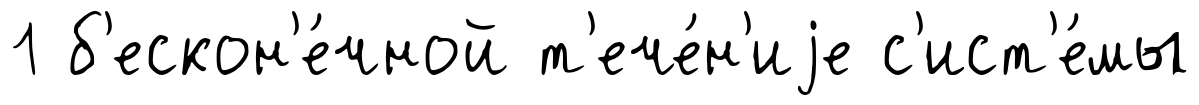
1 б'ескон'е́чной т'ече́н'иjе с'ист'е́мы